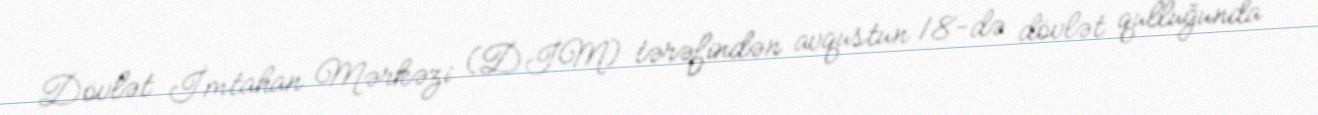
Dövlət İmtahan Mərkəzi (DİM) tərəfindən avqustun 18-də dövlət qulluğunda